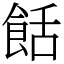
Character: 餂